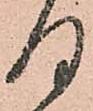
何